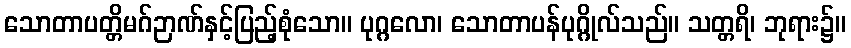
သောတာပတ္တိမဂ်ဉာဏ်နှင့်ပြည့်စုံသော။ ပုဂ္ဂလော၊ သောတာပန်ပုဂ္ဂိုလ်သည်။ သတ္တရိ၊ ဘုရား၌။